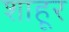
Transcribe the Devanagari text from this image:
शाहूर